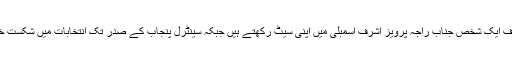
وہ جب یہ الفاظ دہرا رہے تھے تو انکی قربت میں جو حضرات موجود تھے ان میں صرف ایک شخص جناب راجہ پرویز اشرف اسمبلی میں اپنی سیٹ رکھتے ہیں جبکہ سینٹرل پنجاب کے صدر تک انتخابات میں شکست خوردہ ہیں اور آجکل کنپٹی پر بندوق رکھ کر صرف بیانات دیتے اور تقریریں کرتے ہیں۔